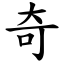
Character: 奇